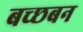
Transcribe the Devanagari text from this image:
बच्छबन